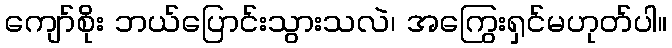
ကျော်စိုး ဘယ်ပြောင်းသွားသလဲ၊ အကြွေးရှင်မဟုတ်ပါ။